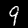
Digit: 9